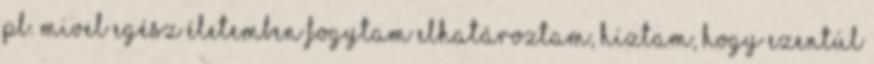
pl. Mivel egész életemben fogytam elhatároztam, híztam, hogy ezentúl